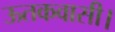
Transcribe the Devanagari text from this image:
ऊतकवासी।